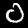
Digit: 0